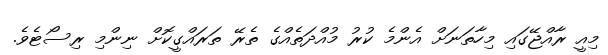
މިއީ ރާއްޖޭގައި މިހާތަނަށް އެންމެ ކުރު މުއްދަތެއްގެ ތެރޭ ތަރައްގީކޮށް ނިންމި ރިސޯޓެވެ.